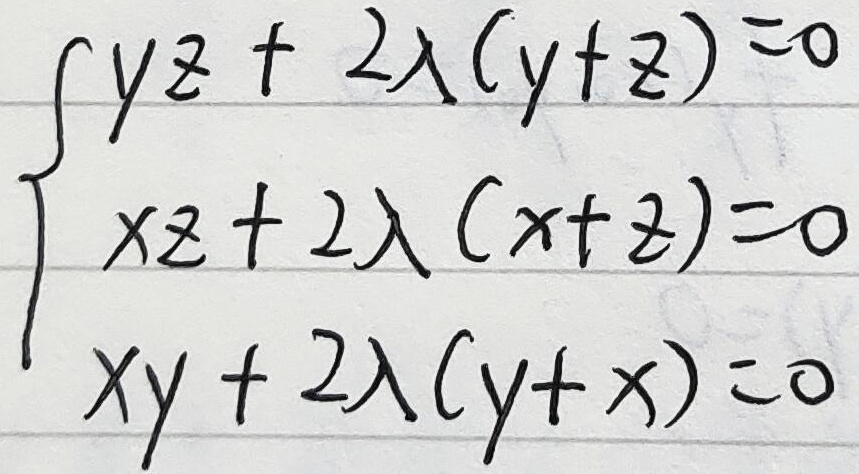
\(\begin{cases}
yz + 2\lambda(y + z)=0\\
xz + 2\lambda(x + z)=0\\
xy + 2\lambda(y + x)=0
\end{cases}\)